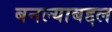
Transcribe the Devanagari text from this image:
बनल्याबद्दल